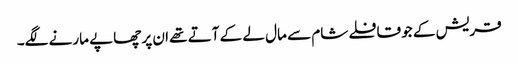
قریش کے جو قافلے شام سے مال لے کے آتے تھے ان پر چھاپے مارنے لگے۔